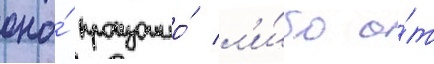
оно́ произошло́ л'и́бо о́т